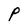
Character: P